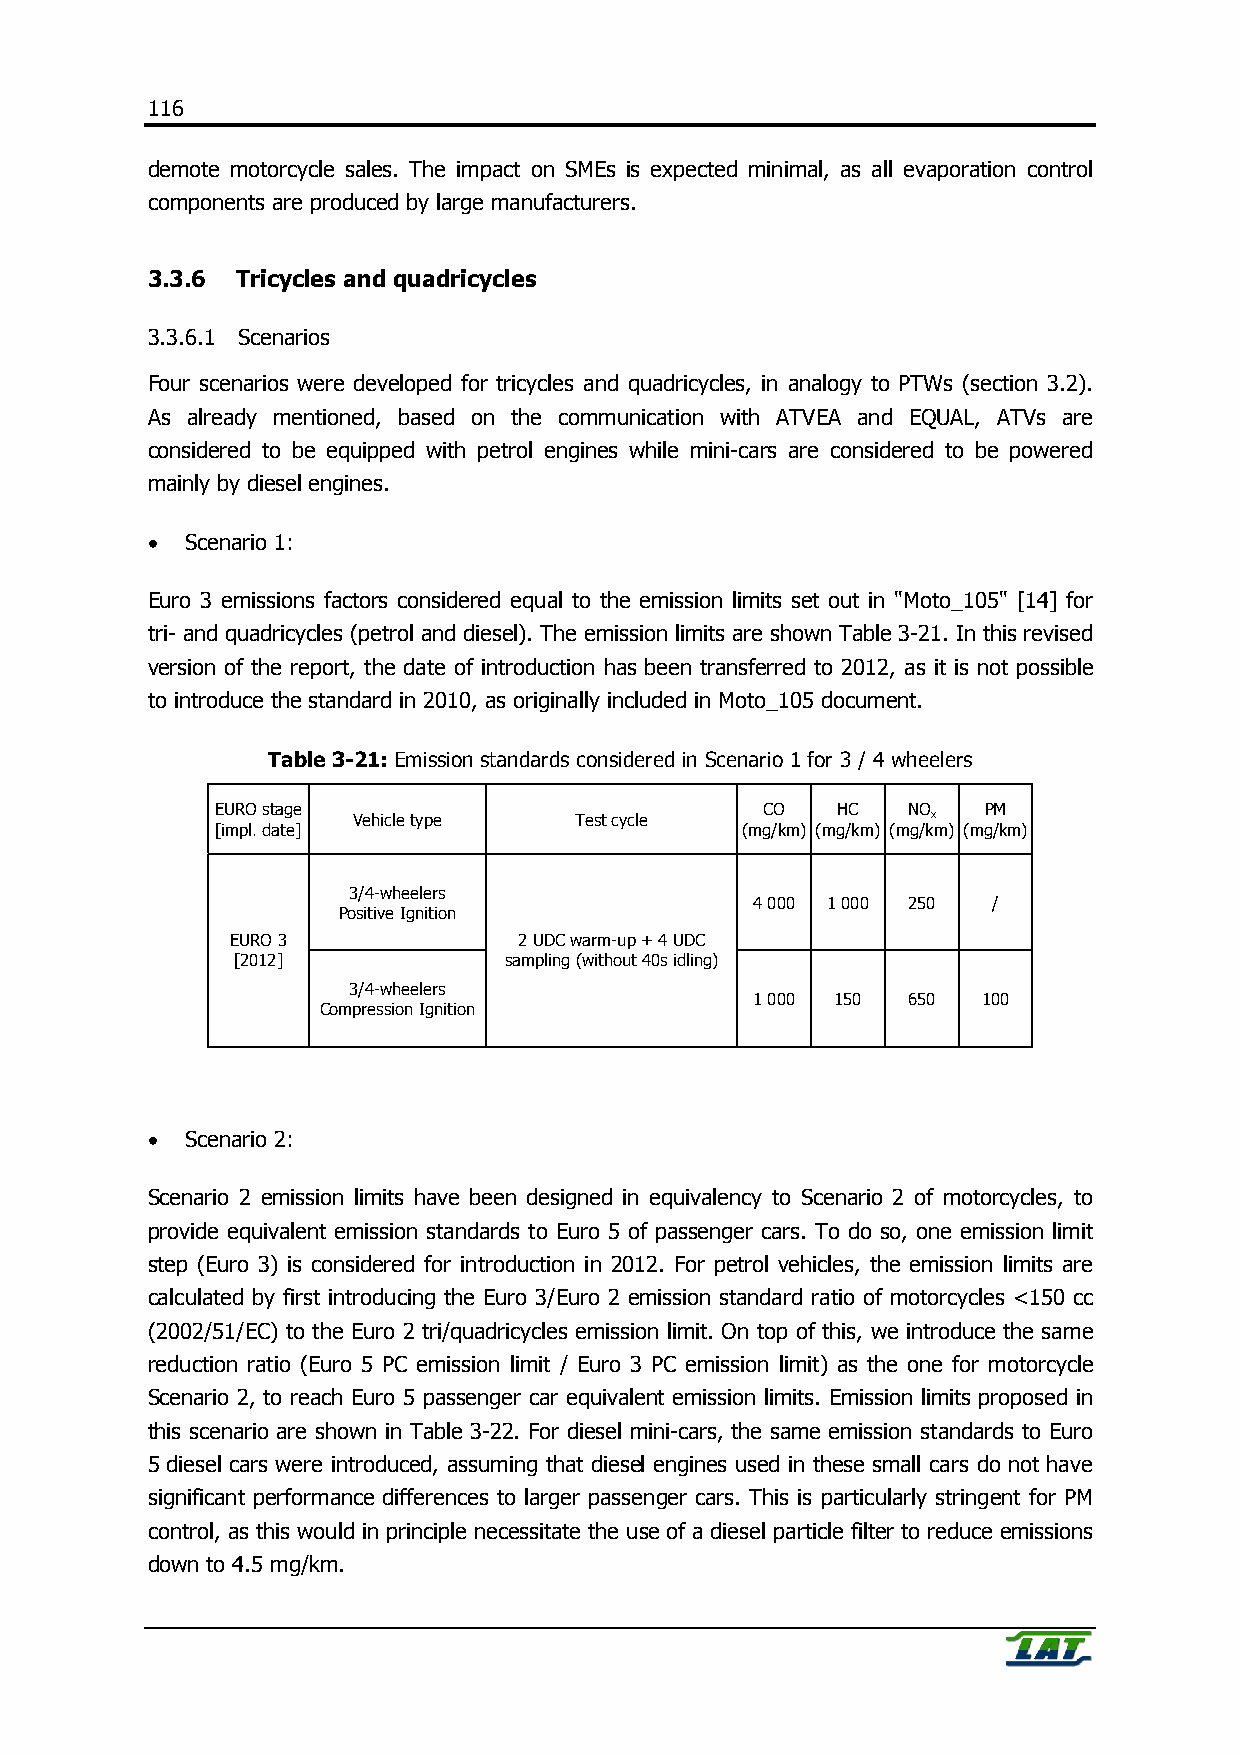
116
 demote motorcycle sales. The impact on SMEs is expected minimal, as all evaporation control
 components are produced by large manufacturers.
 3.3.6 Tricycles and quadricycles
 3.3.6.1 Scenarios
 Four scenarios were developed for tricycles and quadricycles, in analogy to PTWs (section 3.2).
 As already mentioned, based on the communication with ATVEA and EQUAL, ATVs are
 considered to be equipped with petrol engines while mini-cars are considered to be powered
 mainly by diesel engines.
 • Scenario 1:
 Euro 3 emissions factors considered equal to the emission limits set out in "Moto_105" [14] for
 tri- and quadricycles (petrol and diesel). The emission limits are shown Table 3-21. In this revised
 version of the report, the date of introduction has been transferred to 2012, as it is not possible
 to introduce the standard in 2010, as originally included in Moto_105 document.
 Table 3-21: Emission standards considered in Scenario 1 for 3 / 4 wheelers
 EURO stage                          CO   HC   NO   PM
 Vehicle type   Test cycle              x
 [impl. date]                       (mg/km) (mg/km) (mg/km) (mg/km)
 3/4-wheelers
 4 000 1 000 250 /
 Positive Ignition
 EURO 3             2 UDC warm-up + 4 UDC
 [2012]            sampling (without 40s idling)
 3/4-wheelers
 1 000 150 650  100
 Compression Ignition
 • Scenario 2:
 Scenario 2 emission limits have been designed in equivalency to Scenario 2 of motorcycles, to
 provide equivalent emission standards to Euro 5 of passenger cars. To do so, one emission limit
 step (Euro 3) is considered for introduction in 2012. For petrol vehicles, the emission limits are
 calculated by first introducing the Euro 3/Euro 2 emission standard ratio of motorcycles <150 cc
 (2002/51/EC) to the Euro 2 tri/quadricycles emission limit. On top of this, we introduce the same
 reduction ratio (Euro 5 PC emission limit / Euro 3 PC emission limit) as the one for motorcycle
 Scenario 2, to reach Euro 5 passenger car equivalent emission limits. Emission limits proposed in
 this scenario are shown in Table 3-22. For diesel mini-cars, the same emission standards to Euro
 5 diesel cars were introduced, assuming that diesel engines used in these small cars do not have
 significant performance differences to larger passenger cars. This is particularly stringent for PM
 control, as this would in principle necessitate the use of a diesel particle filter to reduce emissions
 down to 4.5 mg/km.